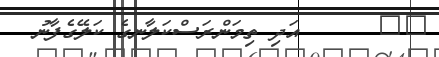
١٣      އަދި ތިމަންރަސްކަލާނގެ ކަލޭގެފާނު